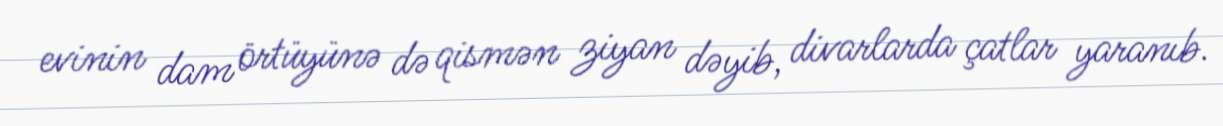
evinin dam örtüyünə də qismən ziyan dəyib, divarlarda çatlar yaranıb.